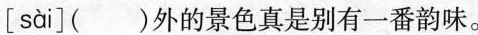
[ sài ]( )外的景色真是别有一番韵味。